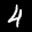
Label: 4